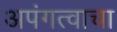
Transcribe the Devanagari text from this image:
अपंगत्वाचा